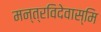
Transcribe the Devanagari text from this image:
मन्त्रविदेवास्मि